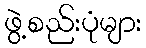
ဖွဲ့စည်းပုံများ